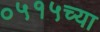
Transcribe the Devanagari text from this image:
०५१५च्या